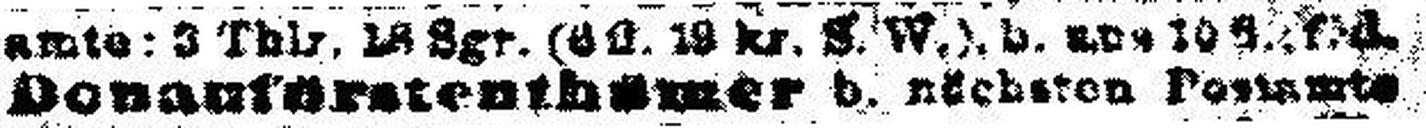
Donaufürstenthünmer d. nächsten Postamte